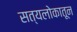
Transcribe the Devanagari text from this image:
सत्यलोकातून